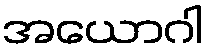
အယောဂါ